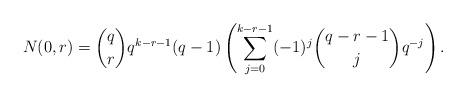
LaTeX: \begin{align*} N(0, r) ={q \choose r}q^{k-r-1}(q-1)\left(\sum_{j=0}^{k-r-1}(-1)^j {q-r-1 \choose j}q^{-j}\right). \end{align*}